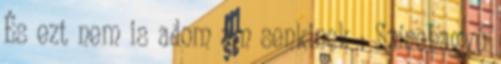
És ezt nem is adom ám senkinek : Színehagyó